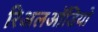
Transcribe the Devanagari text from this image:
रिअलऑडियो